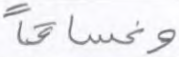
وغساقا